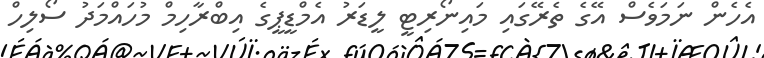
އެހެން ނަމަވެސް އޭގެ ތެރޭގައި މައިނޯރިޓީ ލީޑަރު އެމްޑީޕީގެ އިބްރާހިމް މުހައްމަދު ސޯލިހް